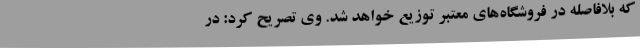
که بلافاصله در فروشگاه‌های معتبر توزیع خواهد شد. وی تصریح کرد: در